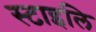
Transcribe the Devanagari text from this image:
स्टाइलि